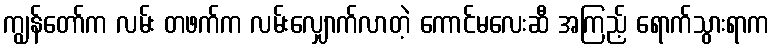
ကျွန်တော်က လမ်း တဖက်က လမ်းလျှောက်လာတဲ့ ကောင်မလေးဆီ အကြည့် ရောက်သွားရာက